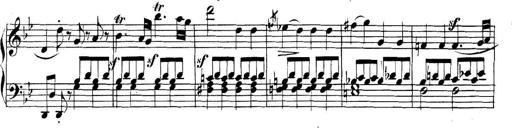
Title: Collected Piano Sonatas
Composer: Muzio Clementi